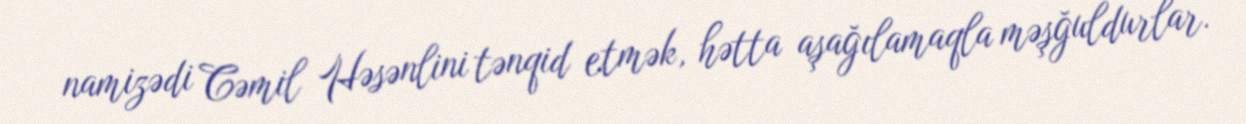
namizədi Cəmil Həsənlini tənqid etmək, hətta aşağılamaqla məşğuldurlar.